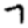
Digit: 7